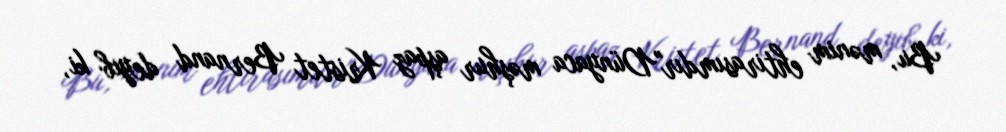
Bu, mənim ehtirasımdır"Dünyaca məşhur aşpaz Kristet Bernand deyib ki,